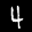
Label: 4